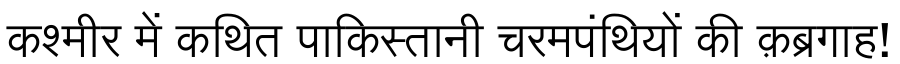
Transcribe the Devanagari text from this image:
कश्मीर में कथित पाकिस्तानी चरमपंथियों की क़ब्रगाह!